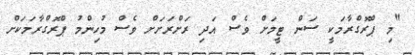
"މި ޕްރޮގްރާމަކީ ސަން ޓީމަށް ވެސް އަދި ރަށްރަށަށް ވެސް މުހިންމު ޕްރޮގްރާމަކަށް